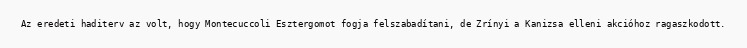
Az eredeti haditerv az volt, hogy Montecuccoli Esztergomot fogja felszabadítani, de Zrínyi a Kanizsa elleni akcióhoz ragaszkodott.